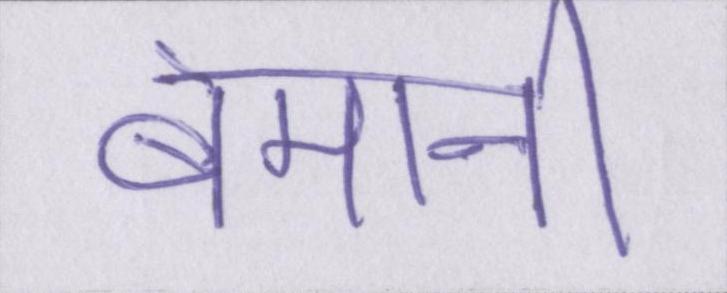
बेमानी